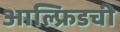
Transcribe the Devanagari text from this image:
आल्फ्रिडची